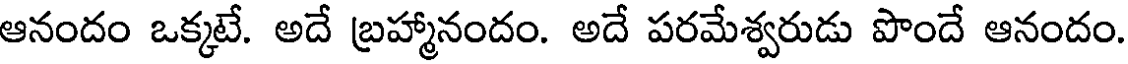
ఆనందం ఒక్కటే. అదే బ్రహ్మానందం. అదే పరమేశ్వరుడు పొందే ఆనందం.